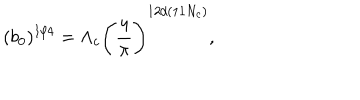
( b _ { 0 } ) ^ { 1 / 4 } = \Lambda _ { c } \Bigg ( \frac { 4 } { \pi } \Bigg ) ^ { 1 2 / ( 1 1 N _ { c } ) } ,